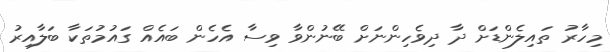
މިހާރު ތައިލެންޑަށް ދާ ދިވެހިންނަށް ބޭނުންވާ ވިސާ އެހެން ބައެއް ގައުމުތަކާ ބަލާއިރު